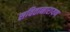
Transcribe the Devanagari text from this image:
सवितानारायण